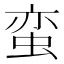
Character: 蛮